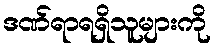
ဒဏ်ရာရရှိသူများကို